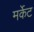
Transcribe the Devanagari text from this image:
मर्केट